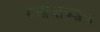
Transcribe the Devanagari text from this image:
समाजाच्याच